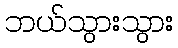
ဘယ်သွားသွား